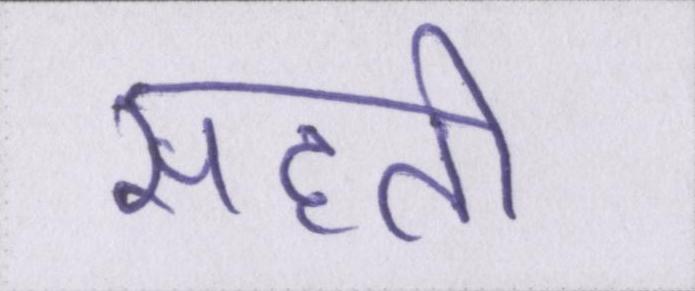
सहती